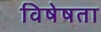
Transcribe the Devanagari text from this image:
विषेषता